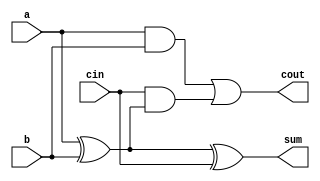
module full_adder(
    input wire a,
    input wire b,
    input wire cin,
    output wire sum,
    output wire cout
);
    assign sum = a ^ b ^ cin;      // Sum computation
    assign cout = (a & b) | (cin & (a ^ b)); // Carry computation
endmodule